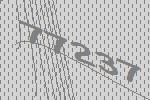
77237